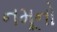
નમૂનો